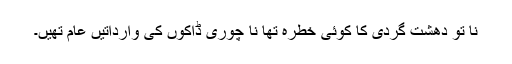
نا تو دھشت گردی کا کوئی خطرہ تھا نا چوری ڈاکوں کی وارداتیں عام تھیں۔